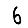
Digit: 6